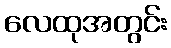
လေထုအတွင်း